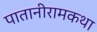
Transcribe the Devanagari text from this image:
पातानीरामकथा